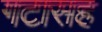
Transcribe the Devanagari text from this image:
गटासह